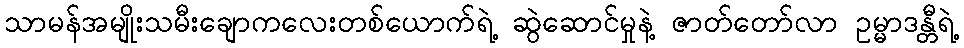
သာမန်အမျိုးသမီးချောကလေးတစ်ယောက်ရဲ့ ဆွဲဆောင်မှုနဲ့ ဇာတ်တော်လာ ဥမ္မာဒန္တီရဲ့